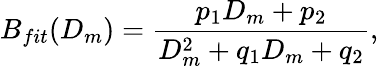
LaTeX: B_{fit}(D_{m})=\frac{p_{1}D_{m}+p_{2}}{D_{m}^{2}+q_{1}D_{m}+q_{2}},